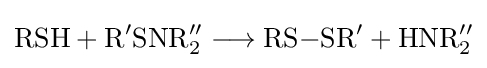
{\mathrm {RSH} {}+{}\mathrm {R} {\vphantom {A}}^{\prime }\mathrm {SNR} {\vphantom {A}}_{\smash[{t}]{2}}^{\prime \prime }{}\mathrel {\longrightarrow } {}\mathrm {RS} {-}\mathrm {SR} {\vphantom {A}}^{\prime }{}+{}\mathrm {HNR} {\vphantom {A}}_{\smash[{t}]{2}}^{\prime \prime }}